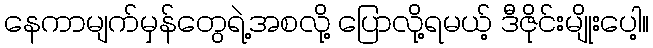
နေကာမျက်မှန်တွေရဲ့အစလို့ ပြောလို့ရမယ့် ဒီဇိုင်းမျိုးပေါ့။